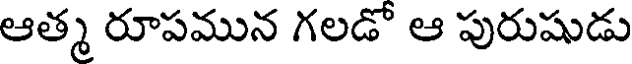
ఆత్మ రూపమున గలడో ఆ పురుషుడు